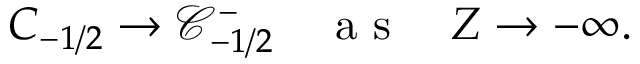
C _ { - 1 / 2 } \to \mathcal { C } _ { - 1 / 2 } ^ { - } \quad \mathrm { ~ a ~ s ~ } \quad Z \to - \infty .